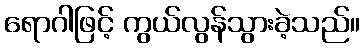
ရောဂါဖြင့် ကွယ်လွန်သွားခဲ့သည်။